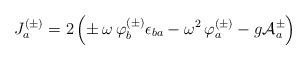
LaTeX: \begin{align*}J_a^{(\pm)} = 2\left(\pm\,\omega\,\varphi_b^{(\pm)}\epsilon_{ba} - \omega^2 \, \varphi_a^{(\pm)}- g {\cal A}_a^{\pm} \right) \end{align*}